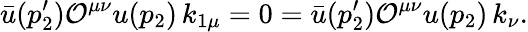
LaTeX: \bar{u}(p_{2}^{\prime})\mathcal{O}^{\mu\nu}u(p_{2})\, k_{1\mu}=0=\bar{u}(p_{2}^{\prime})\mathcal{O}^{\mu\nu}u(p_{2})\, k_{\nu}.